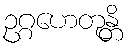
ဥဂ္ဂဟေတုန္တိ